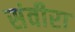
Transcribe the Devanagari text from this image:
संवीरा